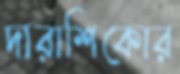
দারাশিকোর